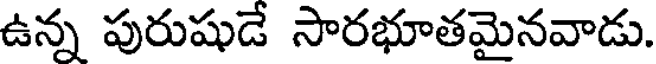
ఉన్న పురుషుడే సారభూతమైనవాడు.